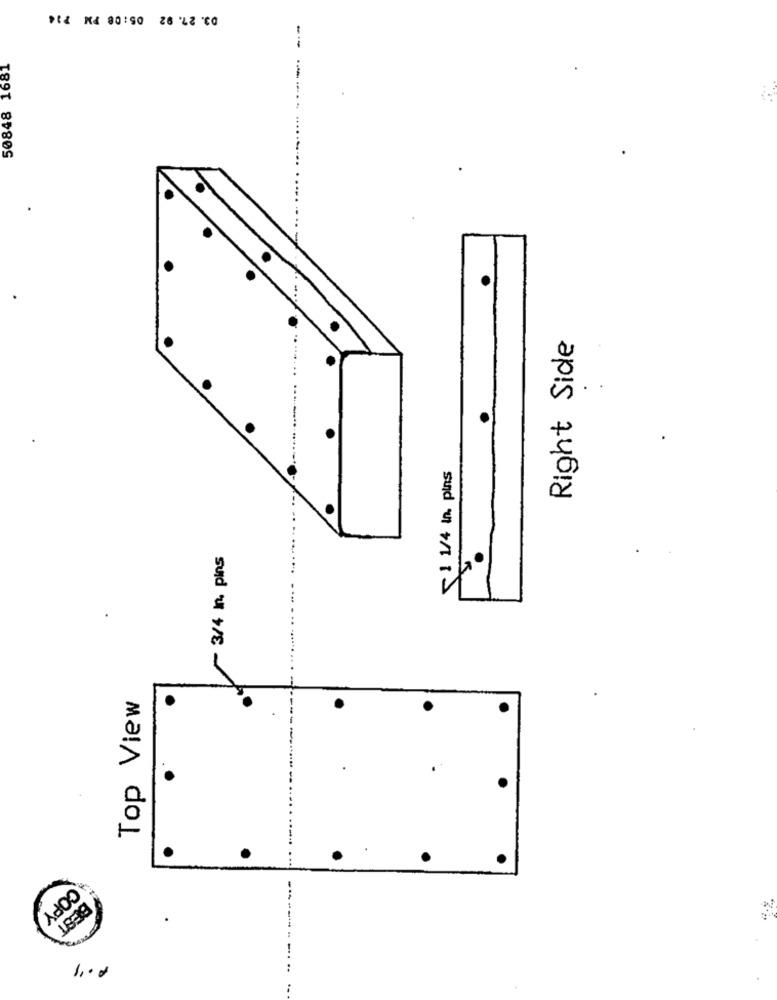
03. 27. 92 05:08 PM 214
50848 1681
Right Side
~1 1/4 In. pins
/3/4 in pins
Top View
.
A COPY
BEST
1. 0 0